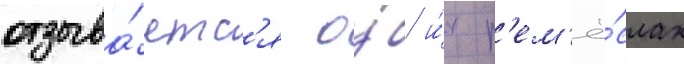
отзыва́етс'я о́б и́х р'ем'ё́слах